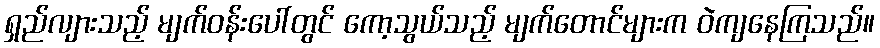
ရှည်လျားသည့် မျက်ဝန်းပေါ်တွင် ကော့သွယ်သည့် မျက်တောင်များက ဝဲကျနေကြသည်။